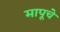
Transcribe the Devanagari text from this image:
मापूचे